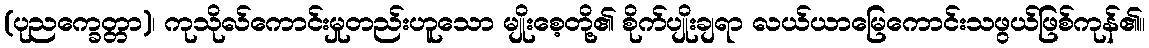
(ပုညက္ခေတ္တာ)၊ ကုသိုလ်ကောင်းမှုတည်းဟူသော မျိုးစေ့တို့၏ စိုက်ပျိုးချရာ လယ်ယာမြေကောင်းသဖွယ်ဖြစ်ကုန်၏။